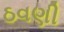
ઠવણી